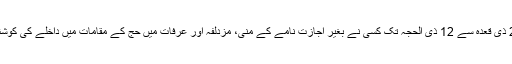
سعودی وزارت داخلہ نے اپنے بیان میں کہا کہ 28 ذی قعدہ سے 12 ذی الحجہ تک کسی نے بغیر اجازت نامے کے منیٰ، مزدلفہ اور عرفات میں حج کے مقامات میں داخلے کی کوشش کی تو اس پر10ہزار سعودی ریال جرمانہ ہوگا۔